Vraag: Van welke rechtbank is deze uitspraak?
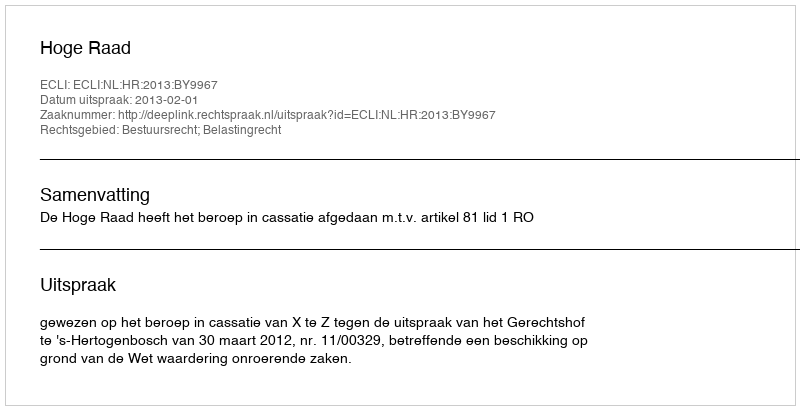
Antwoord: Hoge Raad